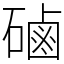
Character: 磠